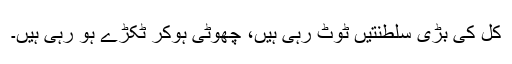
کل کی بڑی سلطنتیں ٹوٹ رہی ہیں، چھوٹی ہوکر ٹکڑے ہو رہی ہیں۔